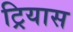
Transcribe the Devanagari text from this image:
ट्रियास